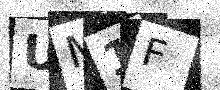
Text: UM1F